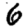
Digit: 6